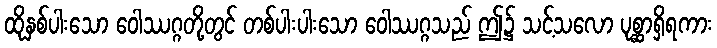
ထိုနှစ်ပါးသော ဝေါဿဂ္ဂတို့တွင် တစ်ပါးပါးသော ဝေါဿဂ္ဂသည် ဤ၌ သင့်သလော ပုစ္ဆာရှိရကား